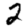
Digit: 2